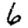
Digit: 6